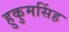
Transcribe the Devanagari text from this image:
हुकुमसिंह